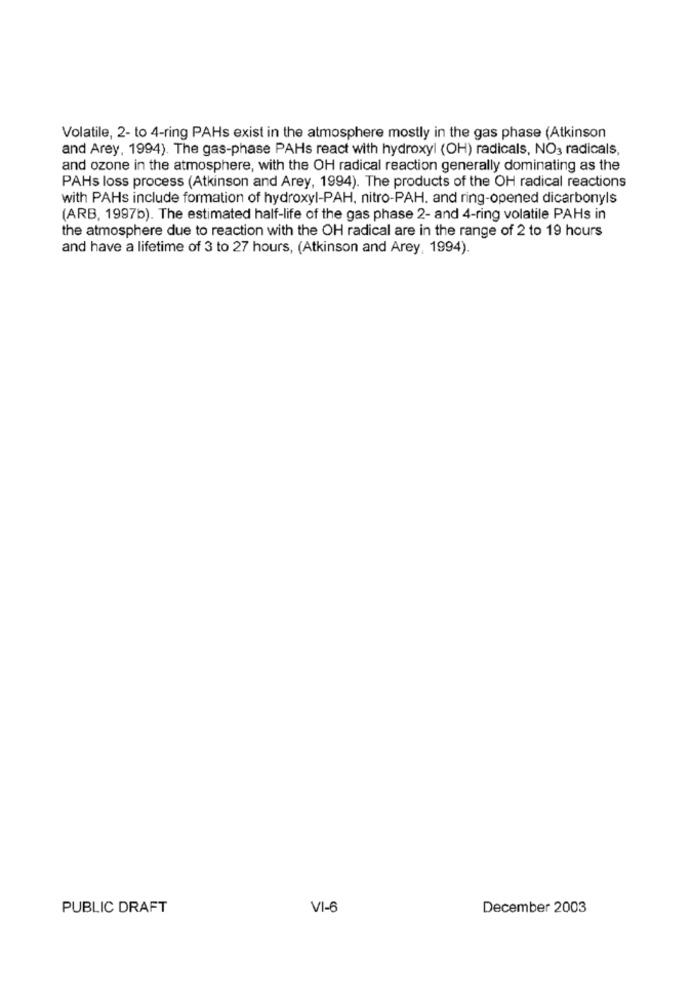
Volatile, 2- to 4-ring PAHs exist in the atmosphere mostly in the gas phase (Atkinson
and Arey, 1994). The gas-phase PAHs react with hydroxyl (OH) radicals, NO3 radicals,
and ozone in the atmosphere, with the OH radical reaction generally dominating as the
PAHs loss process (Atkinson and Arey, 1994). The products of the OH radical reactions
with PAHs include formation of hydroxyl-PAH, nitro-PAH. and ring-opened dicarbonyls
(ARB, 1997b). The estimated half-life of the gas phase 2- and 4-ring volatile PAHs in
the atmosphere due to reaction with the OH radical are in the range of 2 to 19 hours
and have a lifetime of 3 to 27 hours, (Atkinson and Arey, 1994).
PUBLIC DRAFT
VI-6
December 2003